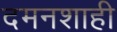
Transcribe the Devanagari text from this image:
दमनशाही